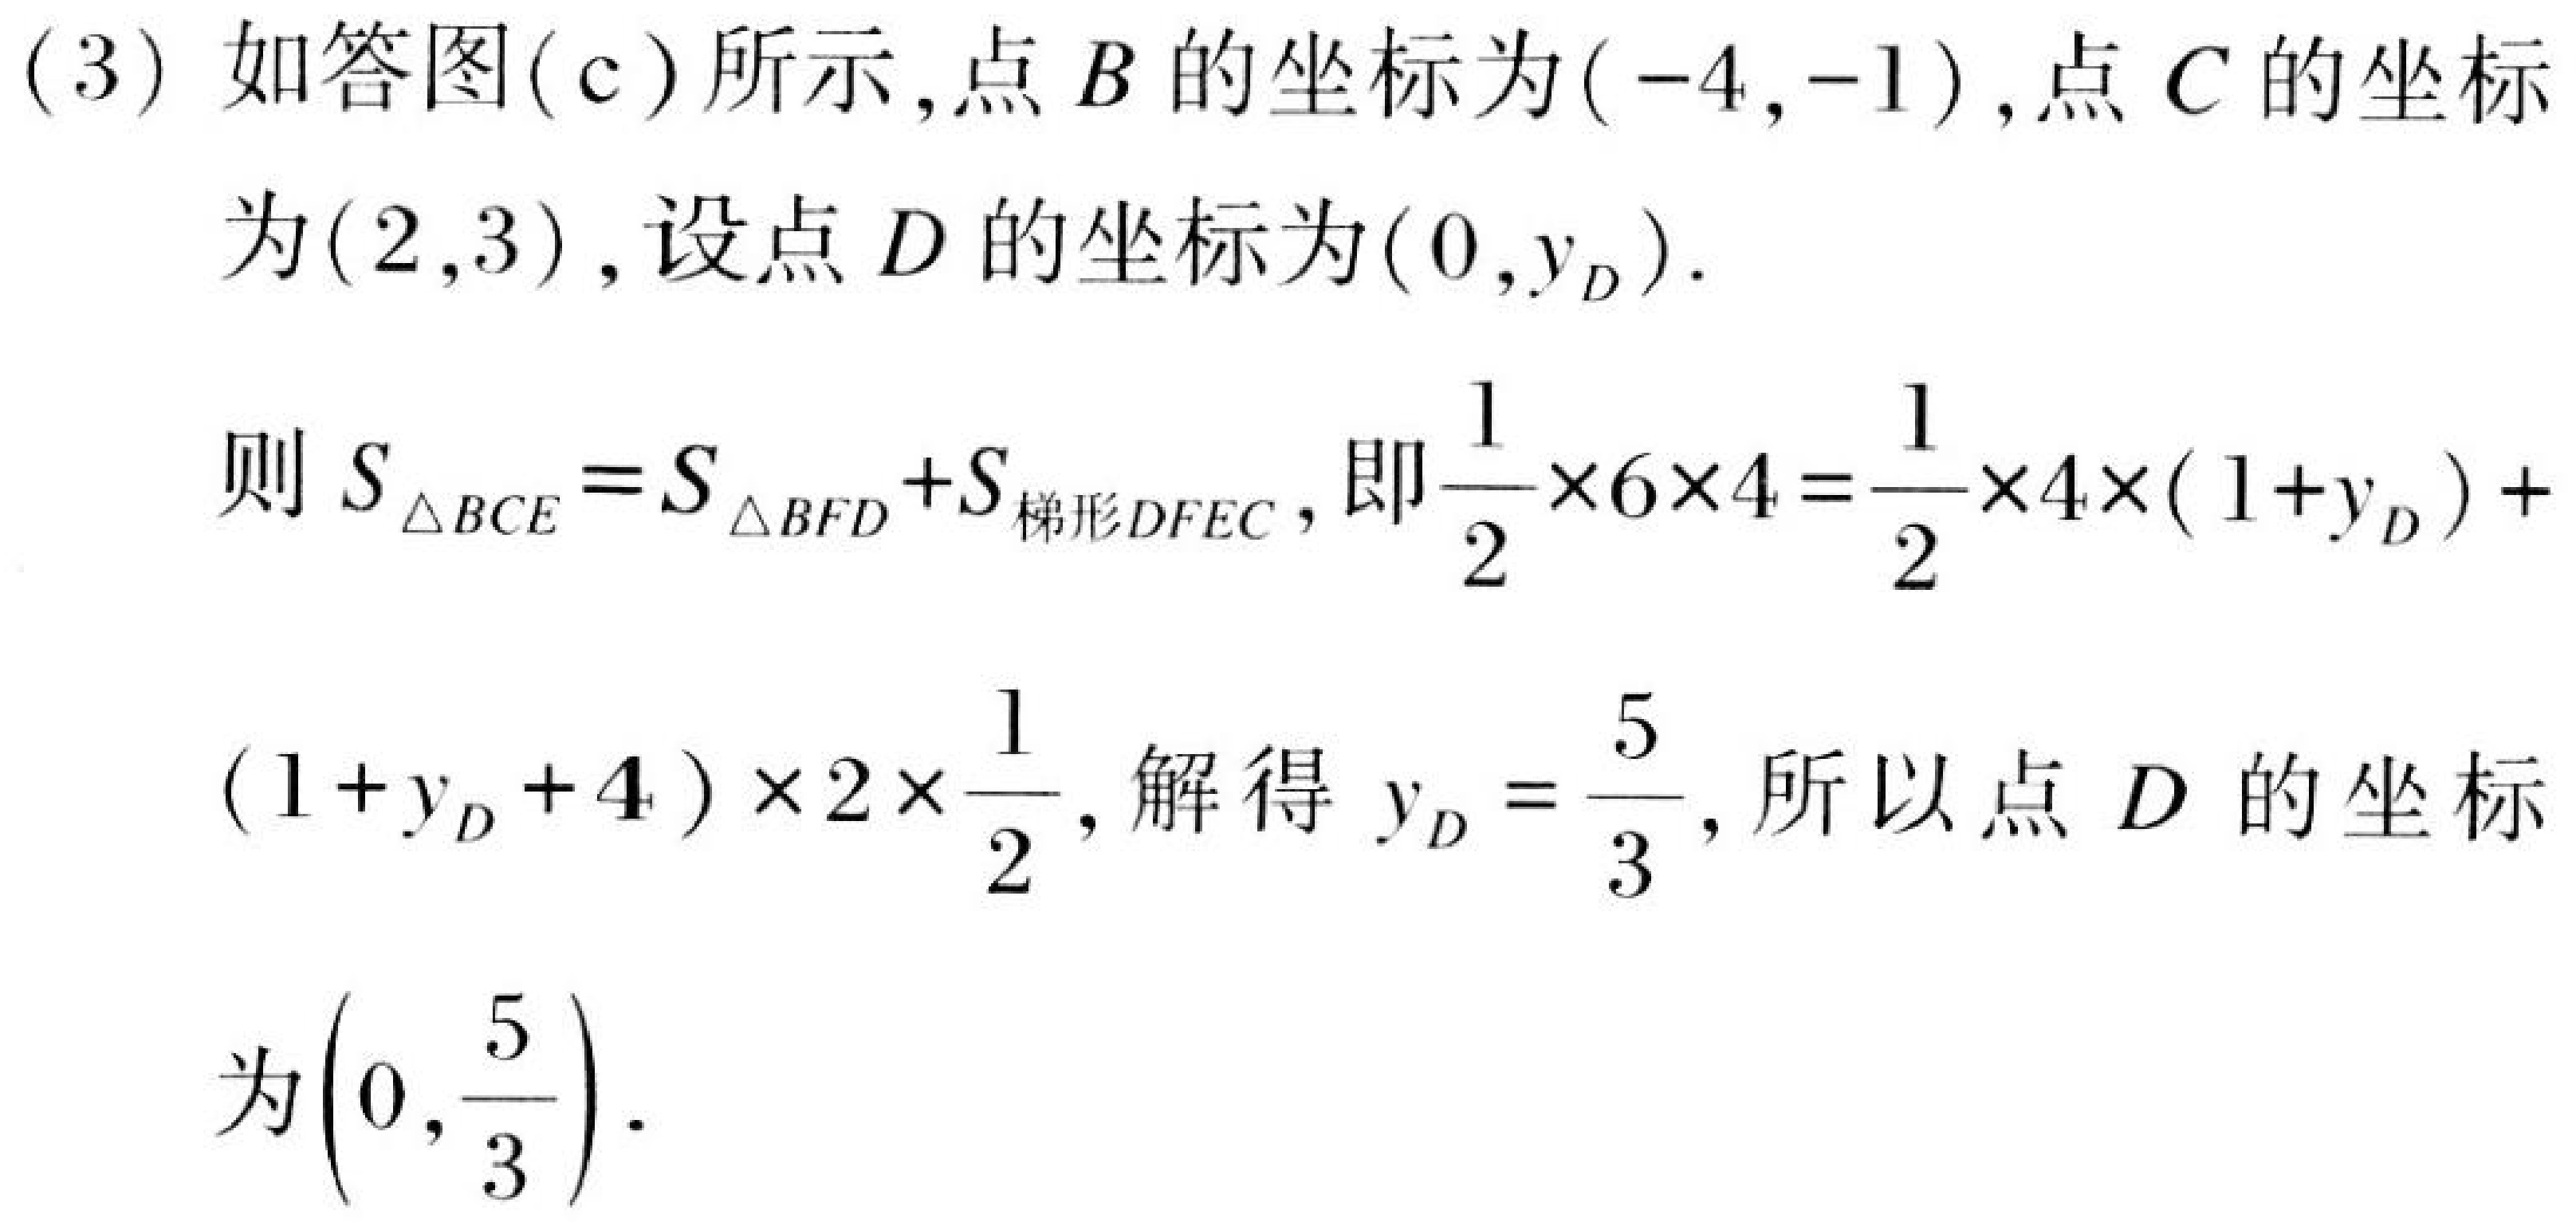
(3) 如答图(c)所示,点$B$的坐标为$(-4,-1)$,点$C$的坐标
为$(2,3)$,设点$D$的坐标为$(0,y_D)$.
则$S_{\triangle BCE}=S_{\triangle BFD}+S_{梯形DFEC}$,即$\dfrac{1}{2}\times6\times4=\dfrac{1}{2}\times4\times(1 + y_D)+$
$(1 + y_D+4)\times2\times\dfrac{1}{2}$,解得$y_D=\dfrac{5}{3}$,所以点$D$的坐标
为$\left(0,\dfrac{5}{3}\right)$.